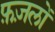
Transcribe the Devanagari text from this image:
फ़ज़लों